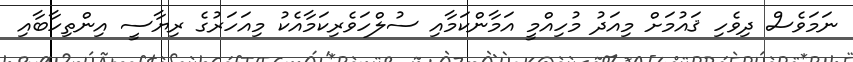
ނަމަވެސް ދިވެހި ޤައުމަށް މިއަދު މުހިއްމީ އަމާންކަމާއި ސުލްހަވެރިކަމާއެކު މިއަހަރުގެ ރިޔާސީ އިންތިހާބާއި